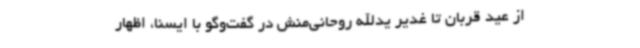
از عید قربان تا غدیر یدالله روحانی‌منش در گفت‌وگو با ایسنا، اظهار